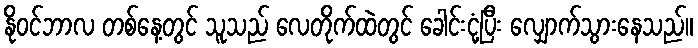
နိုဝင်ဘာလ တစ်နေ့တွင် သူသည် လေတိုက်ထဲတွင် ခေါင်းငုံ့ပြီး လျှောက်သွားနေသည်။